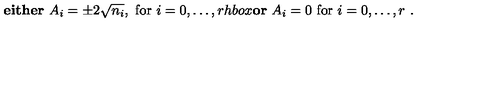
\mathrm { \bf e i t h e r } \ A _ { i } = \pm 2 \sqrt { n _ { i } } , \ \mathrm { f o r } \ i = 0 , \dots , r h b o x { \bf o r } \ A _ { i } = 0 \ \mathrm { f o r } \ i = 0 , \dots , r \ .